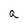
Character: a